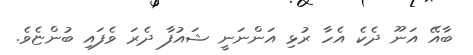
ބާއޭ އަނޫ ދެކެ އެހާ ރުޅި އަންނަނީ ޝައުފާ ދެރަ ވެފައި ބުންޏެވެ.